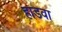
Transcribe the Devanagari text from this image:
हाडवा